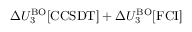
\Delta U _ { 3 } ^ { \mathrm { B O } } [ \mathrm { C C S D T } ] + \Delta U _ { 3 } ^ { \mathrm { B O } } [ \mathrm { F C I } ]